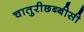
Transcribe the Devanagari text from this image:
चातुरीछब्बीसी